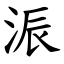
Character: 浱